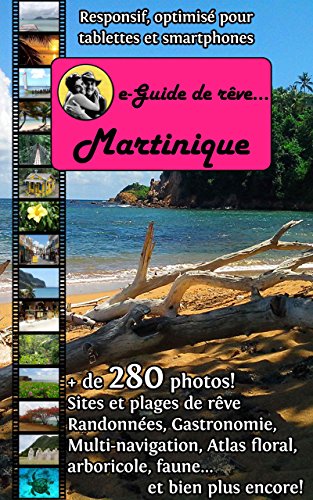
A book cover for e-Guide de rÃªve: Martinique (French Edition); Cristina RebiÃ¨re; Travel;